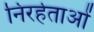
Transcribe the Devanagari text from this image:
निरर्हताओं